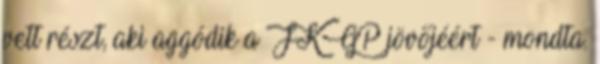
vett részt, aki aggódik a FKGP jövőjéért - mondta.